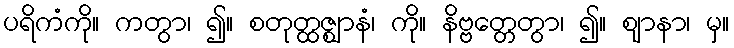
ပရိကံကို။ ကတွာ၊ ၍။ စတုတ္ထဇ္ဈာနံ၊ ကို။ နိဗ္ဗတ္တေတွာ၊ ၍။ ဈာနာ၊ မှ။